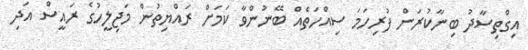
އިގްތިސާދު ބިނާކުރަން ފުރިހަމަ ސިއްހަތެއް ބޭނުންވާ ކަމަށް ރައްޔިތުން މަޖިލީހުގެ ރައީސް އަދި